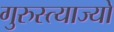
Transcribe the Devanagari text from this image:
गुरुस्त्याज्यो